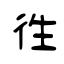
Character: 徃